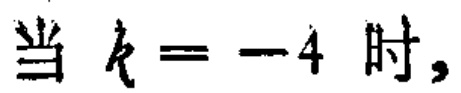
当 \(k = -4\) 时，